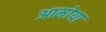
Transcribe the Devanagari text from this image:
आमोया